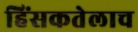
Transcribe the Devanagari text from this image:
हिंसकतेलाच